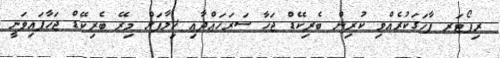
ރިޕޯޓަރ ފާހަގަކުރެއްވި ކުރިން ބެރިކޭޑް ޖަހާ ސަރަހައްދާއި ޚިލާފަށް މިރޭ ބެރިކޭޑް ޖަހާފައިވަނީ